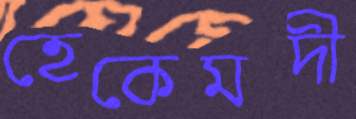
হেকেমদী